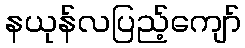
နယုန်လပြည့်ကျော်